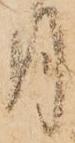
月